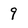
Character: 9